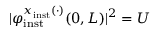
\vert \varphi _ { \mathrm { i n s t } } ^ { x _ { \mathrm { i n s t } } ( \cdot ) } ( 0 , L ) \vert ^ { 2 } = U